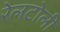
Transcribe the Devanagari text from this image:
रेलटोली